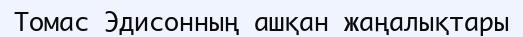
Томас Эдисонның ашқан жаңалықтары